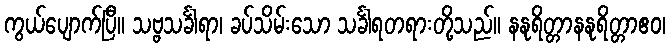
ကွယ်ပျောက်ပြီ။ သဗ္ဗသင်္ခါရာ၊ ခပ်သိမ်းသော သင်္ခါရတရားတို့သည်။ နနုရိတ္တာနနုရိတ္တာဧဝ၊